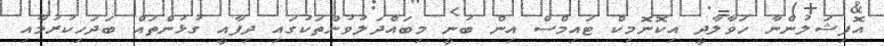
އޮފިޝަލުންނާ ހަވާލާދީ އިކޮނޮމިކް ޓައިމްސް އިން ބުނީ މިބައްދަލުވުންތަކުގައި ދިފާއީ ގުޅުންތައް ބަދަހިކުރުމާއި